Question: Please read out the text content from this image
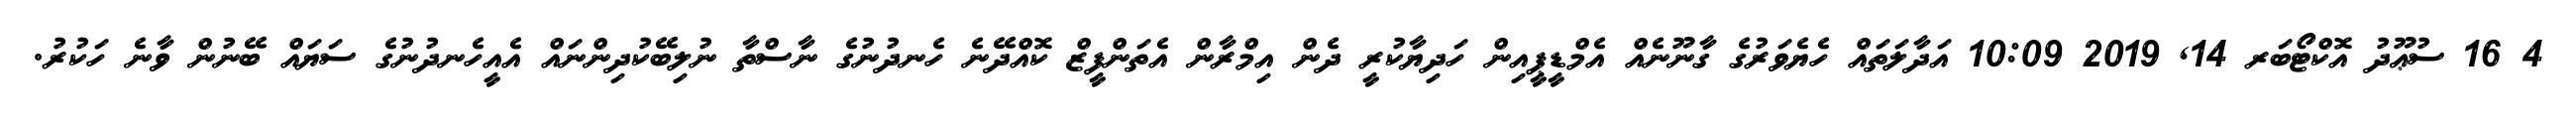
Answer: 4 16 ސުޢޫދު އޮކްޓޯބަރ 14, 2019 10:09 އަދާލަތައް ހެޔެވަރުގެ ގާނޫނެއް އެމްޑީޕީއިން ހަދިޔާކުރީ ދެން އިމްރާން އެތަންފީޒް ކޮއްދޭނެ ހެނދުނުގެ ނާސްތާ ނުލިބޭކުދިންނައް އެއީހެނދުނުގެ ސަޔައް ބޭނުން ވާނެ ހަކުރު.